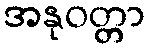
အနုဝတ္တာ